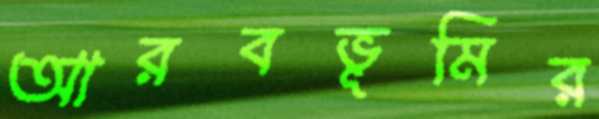
আরবভূমির